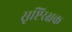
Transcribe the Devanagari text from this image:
सृष्टिरक्षक